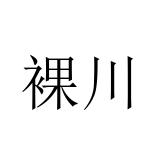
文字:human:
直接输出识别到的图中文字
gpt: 裸川